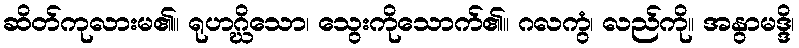
ဆိတ်ကုလားမ၏။ ရုဟဂ္ဃိသော၊ သွေးကိုသောက်၏။ ဂလကွံ၊ လည်ကို။ အနွာမဒ္ဒိ၊